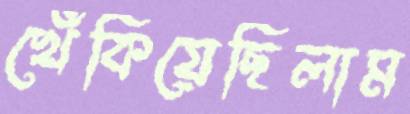
খেঁকিয়েছিলাম